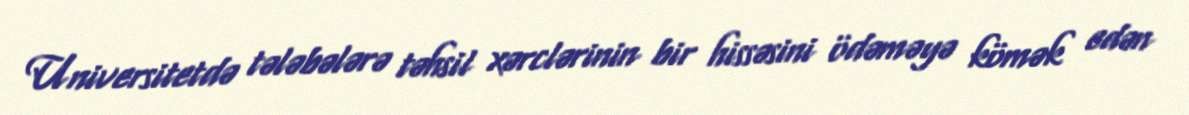
Universitetdə tələbələrə təhsil xərclərinin bir hissəsini ödəməyə kömək edən